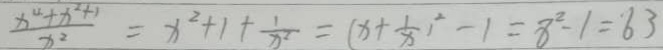
\frac { x ^ { 4 } + x ^ { 2 } + 1 } { x ^ { 2 } } = x ^ { 2 } + 1 + \frac { 1 } { x ^ { 2 } } = ( x + \frac { 1 } { x } ) ^ { 2 } - 1 = 8 ^ { 2 } - 1 = 6 3